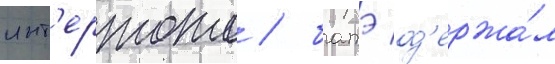
инт'ертото / батэ од'ержа́л